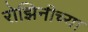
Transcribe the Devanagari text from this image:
रोझिनीच्या